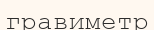
гравиметр